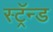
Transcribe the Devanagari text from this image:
स्ट्रॅन्ड